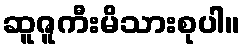
ဆူဇူကီးမိသားစုပါ။